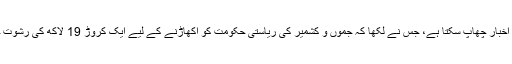
بیوقوفی بھری رپورٹ وویک گوینکا کا ہی اخبار چھاپ سکتا ہے، جس نے لکھا کہ جموں و کشمیر کی ریاستی حکومت کو اکھاڑنے کے لیے ایک کروڑ 19 لاکھ کی رشوت جموں و کشمیر کے ایک وزیر کو دی گئی۔